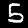
Label: 5